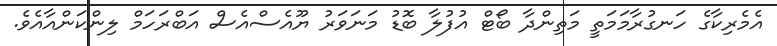
އެމެރިކާގެ ހަނގުރާމަމަތީ މަތިންދާ ބޯޓް އުފުލާ ބޮޑު މަނަވަރު ޔޫއެސްއެސް އަބްރަހަމް ލިންކަންއާއެވެ.